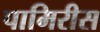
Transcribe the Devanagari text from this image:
पामिरीस